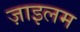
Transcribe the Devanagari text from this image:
ज़ाइलम